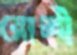
রোজী